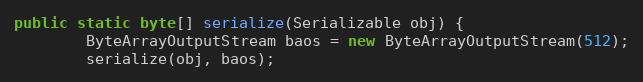
Language: Java
public static byte[] serialize(Serializable obj) {
        ByteArrayOutputStream baos = new ByteArrayOutputStream(512);
        serialize(obj, baos);